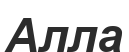
Алла